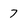
Character: 7